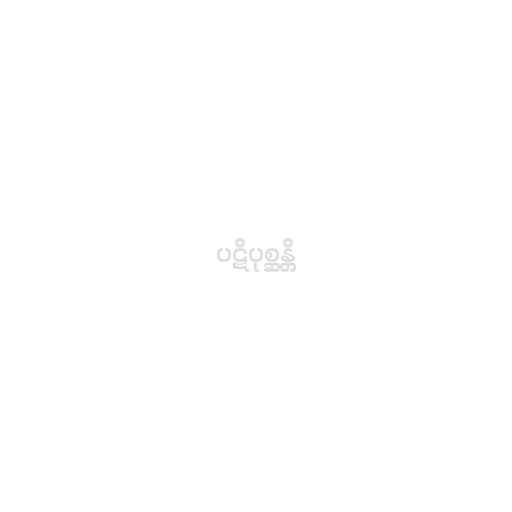
ပဋိပုစ္ဆန္တိ